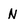
Character: N